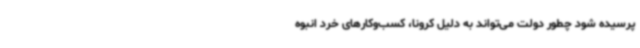
پرسیده شود چطور دولت می‌تواند به دلیل کرونا، کسب‌وکارهای خرد انبوه